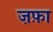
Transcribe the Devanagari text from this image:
ज़फ़ा